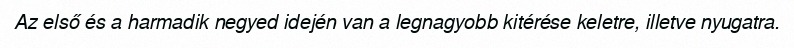
Az első és a harmadik negyed idején van a legnagyobb kitérése keletre, illetve nyugatra.